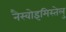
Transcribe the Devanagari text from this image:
नैस्वोइमिस्तेलु